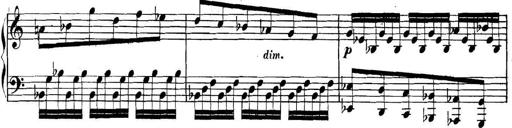
Title: Collected Piano Sonatas
Composer: Muzio Clementi